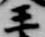
王